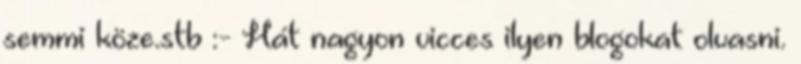
semmi köze.stb :- Hát nagyon vicces ilyen blogokat olvasni.